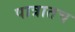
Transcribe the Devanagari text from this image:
पात्रातच